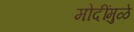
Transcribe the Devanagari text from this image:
मोदींमुळे